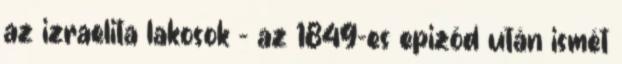
az izraelita lakosok – az 1849-es epizód után ismét